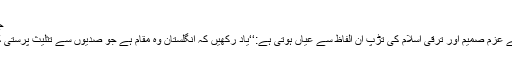
جلد 12،شمارہ 37)
اس موعود خلیفہ کے عزم صمیم اور ترقی اسلام کی تڑپ ان الفاظ سے عیاں ہوتی ہے:‘‘یاد رکھیں کہ انگلستان وہ مقام ہے جو صدیوں سے تثلیث پرستی کامرکز بن رہا ہے۔